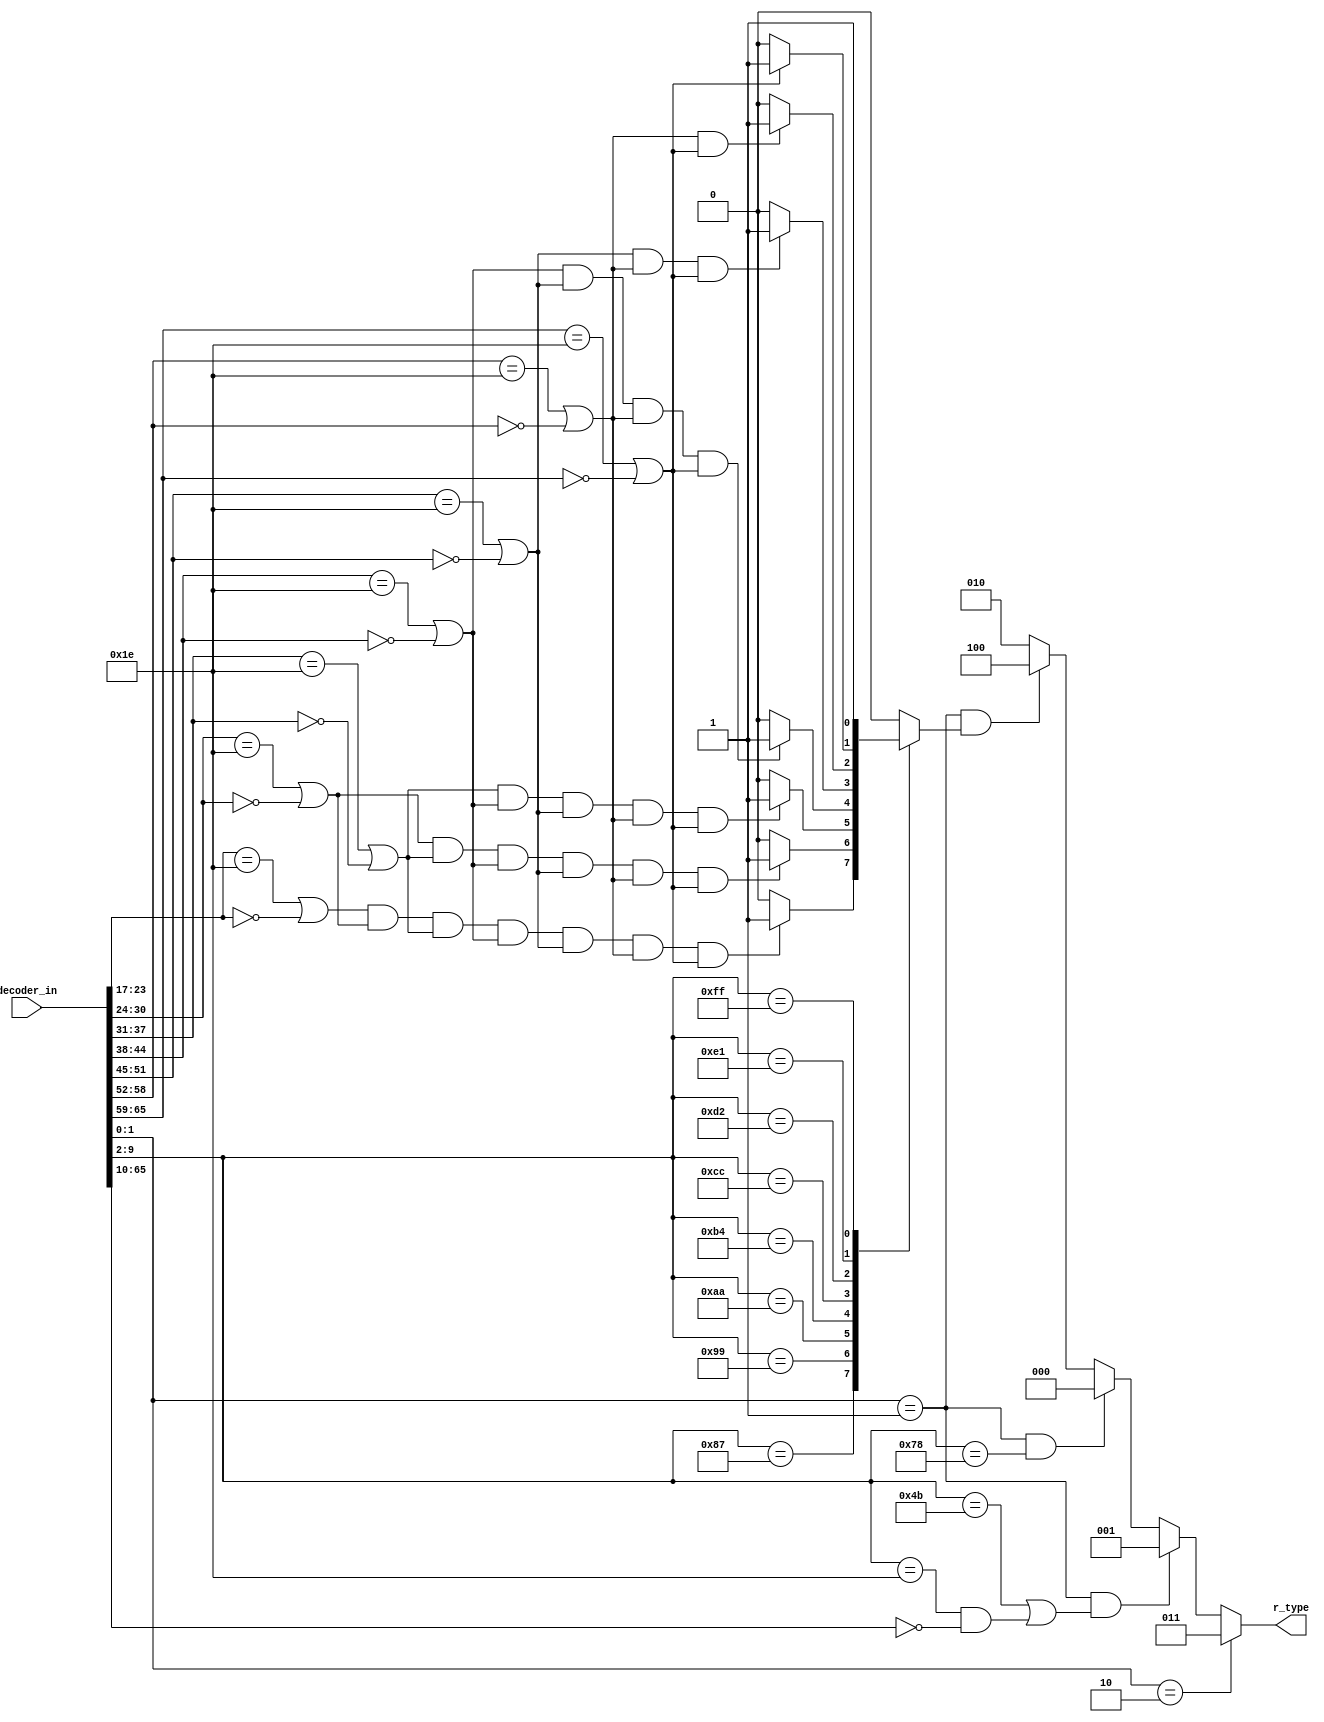
`timescale 1ns / 1ps
//////////////////////////////////////////////////////////////////////////////////
// Company: 
// Engineer: 
// 
// Design Name: 
// Module Name:    R_TYPE 
// Project Name: 
// Target Devices: 
// Tool versions: 
// Description: 
//
// Dependencies: 
//
// Revision: 
// Revision 0.01 - File Created
// Additional Comments: 
//
//////////////////////////////////////////////////////////////////////////////////
module R_TYPE(
	input wire[65:0] decoder_in,
	output reg [2:0] r_type
    );

//constant
localparam S=3'b000;
localparam C=3'b001;
localparam E=3'b010;
localparam D=3'b011;
localparam T=3'b100;

	  
wire is_error_or_idle_lane_1,is_error_or_idle_lane_2,is_error_or_idle_lane_3,
	  is_error_or_idle_lane_4,is_error_or_idle_lane_5,is_error_or_idle_lane_6,is_error_or_idle_lane_7;
	  
reg result;


always@*
begin
	if(decoder_in[1:0]==2'b10)
		r_type=D;
		
	else if(decoder_in[1:0]==2'b01&&(decoder_in[9:2]==8'h4B||(decoder_in[9:2]==8'h1E&&decoder_in[65:10]==56'h00)))
		r_type=C;
		
	else if(decoder_in[1:0]==2'b01&&decoder_in[9:2]==8'h78)
		r_type=S;
	
	else if(decoder_in[1:0]==2'b01&&result)
		r_type=T;
	
	else
		r_type=E;
end

always@*
begin
	case(decoder_in[9:2])
		8'h87:
			begin
				if(is_error_or_idle_lane_1&&is_error_or_idle_lane_2&&is_error_or_idle_lane_3&&is_error_or_idle_lane_4&&
				   is_error_or_idle_lane_5&&is_error_or_idle_lane_6&&is_error_or_idle_lane_7)
					result=1'b1;
				else
					result=1'b0;
			end
		8'h99:
			begin
				if(is_error_or_idle_lane_2&&is_error_or_idle_lane_3&&is_error_or_idle_lane_4&&
				   is_error_or_idle_lane_5&&is_error_or_idle_lane_6&&is_error_or_idle_lane_7)
					result=1'b1;
				else
					result=1'b0;
			end
		8'hAA:
			begin
				if(is_error_or_idle_lane_3&&is_error_or_idle_lane_4&&is_error_or_idle_lane_5&&is_error_or_idle_lane_6&&
				   is_error_or_idle_lane_7)
					result=1'b1;
				else
					result=1'b0;
			end
		8'hB4:
			begin
				if(is_error_or_idle_lane_4&&is_error_or_idle_lane_5&&is_error_or_idle_lane_6&&is_error_or_idle_lane_7)
					result=1'b1;
				else
					result=1'b0;
			end
		8'hCC:
			begin
				if(is_error_or_idle_lane_5&&is_error_or_idle_lane_6&&is_error_or_idle_lane_7)
					result=1'b1;
				else
					result=1'b0;
			end
		8'hD2:
			begin
				if(is_error_or_idle_lane_6&&is_error_or_idle_lane_7)
					result=1'b1;
				else
					result=1'b0;
			end
		8'hE1:
			begin
				if(is_error_or_idle_lane_7)
					result=1'b1;
				else
					result=1'b0;
			end
		8'hFF:
			result=1'b1;
		default 
			result=1'b0;
	
	endcase

end



assign is_error_or_idle_lane_1=(decoder_in[23:17]==7'h1E||decoder_in[23:17]==7'h00);
assign is_error_or_idle_lane_2=(decoder_in[30:24]==7'h1E||decoder_in[30:24]==7'h00);
assign is_error_or_idle_lane_3=(decoder_in[37:31]==7'h1E||decoder_in[37:31]==7'h00);
assign is_error_or_idle_lane_4=(decoder_in[44:38]==7'h1E||decoder_in[44:38]==7'h00);
assign is_error_or_idle_lane_5=(decoder_in[51:45]==7'h1E||decoder_in[51:45]==7'h00);
assign is_error_or_idle_lane_6=(decoder_in[58:52]==7'h1E||decoder_in[58:52]==7'h00);
assign is_error_or_idle_lane_7=(decoder_in[65:59]==7'h1E||decoder_in[65:59]==7'h00);


endmodule